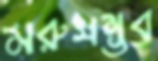
মরুসম্ভব